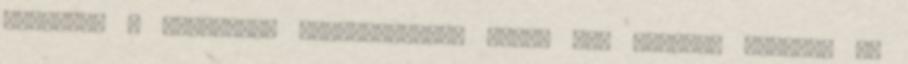
viszont: a támogatás szükségessége azért egy érdekes kérdés. Az